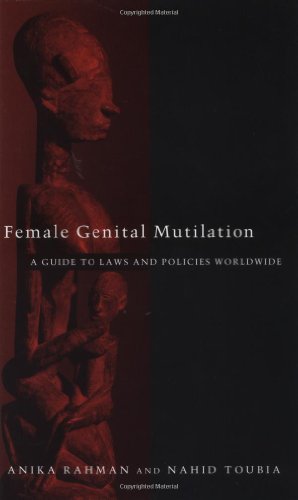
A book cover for Female Genital Mutilation: A Guide to Laws and Policies Worldwide; Anika Rahman; Law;